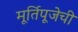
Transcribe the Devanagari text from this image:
मूर्तिपूजेची